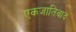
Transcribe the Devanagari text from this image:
एकजातिवाद